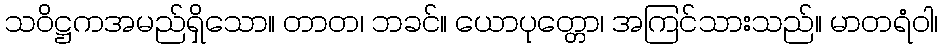
သဝိဋ္ဌကအမည်ရှိသော။ တာတ၊ ဘခင်။ ယောပုတ္တော၊ အကြင်သားသည်။ မာတရံဝါ၊